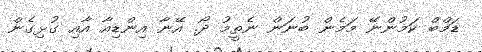
ޑަމްބް ކަމުންނޭ މަމެން ބުނަން ނެތީމު ދޯ. އޭނާ އިންޑިއާ އާއި ގުޅިގެން